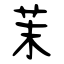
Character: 茉